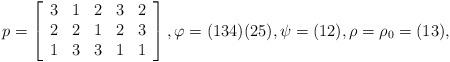
LaTeX: \begin{align*}p=\left[\begin{array}{ccccccc}3 & 1 & 2 & 3 &2\\2 & 2 & 1 & 2 &3\\1 & 3 & 3 & 1 &1\end{array}\right],\varphi=(134)(25),\psi=(12),\rho=\rho_0=(13),\end{align*}